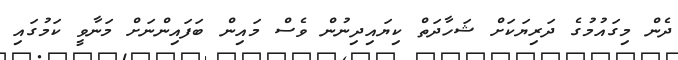
ދެން މިގައުމުގެ ދަރިޔަކަށް ޝަހާދަތް ކިޔައިދިނުން ވެސް މައިން ބަފައިންނަށް މަނާވީ ކަމުގައި